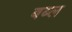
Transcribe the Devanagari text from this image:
बब्ल